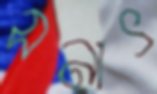
সনাৎ